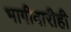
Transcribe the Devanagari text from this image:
भागीदारीही